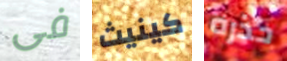
فى كينيث حذره